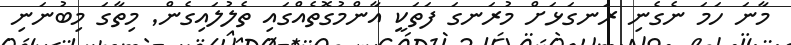
މާނަ ހަމަ ނެގެނި ރަނގަޅަށް މުރަނގަ ފަތަކީ އާންމުގޮތެއްގައި ތެލުލައިގެން